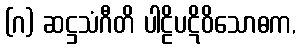
(ဂ) ဆဋ္ဌသံဂီတိ ပါဠိပဋိဝိသောဓက,